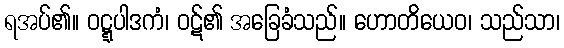
ရအပ်၏။ ဝဋ္ဋပါဒကံ၊ ဝဋ်၏ အခြေခံသည်။ ဟောတိယေဝ၊ သည်သာ၊